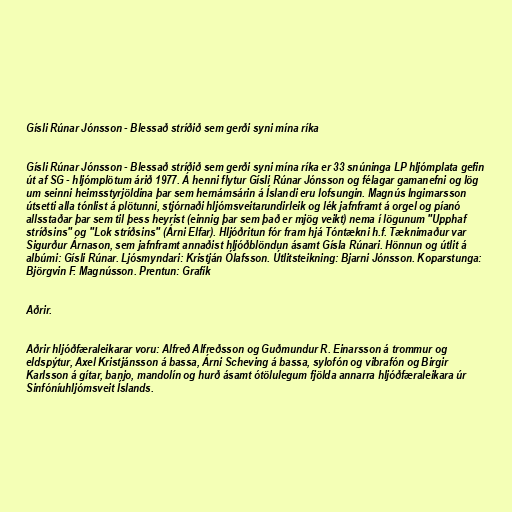
Gísli Rúnar Jónsson - Blessað stríðið sem gerði syni mína ríka

Gísli Rúnar Jónsson - Blessað stríðið sem gerði syni mína ríka er 33 snúninga LP hljómplata gefin
út af SG - hljómplötum árið 1977. Á henni flytur Gísli Rúnar Jónsson og félagar gamanefni og lög
um seinni heimsstyrjöldina þar sem hernámsárin á Íslandi eru lofsungin. Magnús Ingimarsson
útsetti alla tónlist á plötunni, stjórnaði hljómsveitarundirleik og lék jafnframt á orgel og píanó
allsstaðar þar sem til þess heyrist (einnig þar sem það er mjög veikt) nema í lögunum "Upphaf
stríðsins" og "Lok stríðsins" (Árni Elfar). Hljóðritun fór fram hjá Tóntækni h.f. Tæknimaður var
Sigurður Árnason, sem jafnframt annaðist hljóðblöndun ásamt Gísla Rúnari. Hönnun og útlit á
albúmi: Gísli Rúnar. Ljósmyndari: Kristján Ólafsson. Útlitsteikning: Bjarni Jónsson. Koparstunga:
Björgvin F. Magnússon. Prentun: Grafík

Aðrir.

Aðrir hljóðfæraleikarar voru: Alfreð Alfreðsson og Guðmundur R. Einarsson á trommur og
eldspýtur, Axel Kristjánsson á bassa, Árni Scheving á bassa, sylofón og vibrafón og Birgir
Karlsson á gítar, banjo, mandolín og hurð ásamt ótölulegum fjölda annarra hljóðfæraleikara úr
Sinfóníuhljómsveit Íslands.